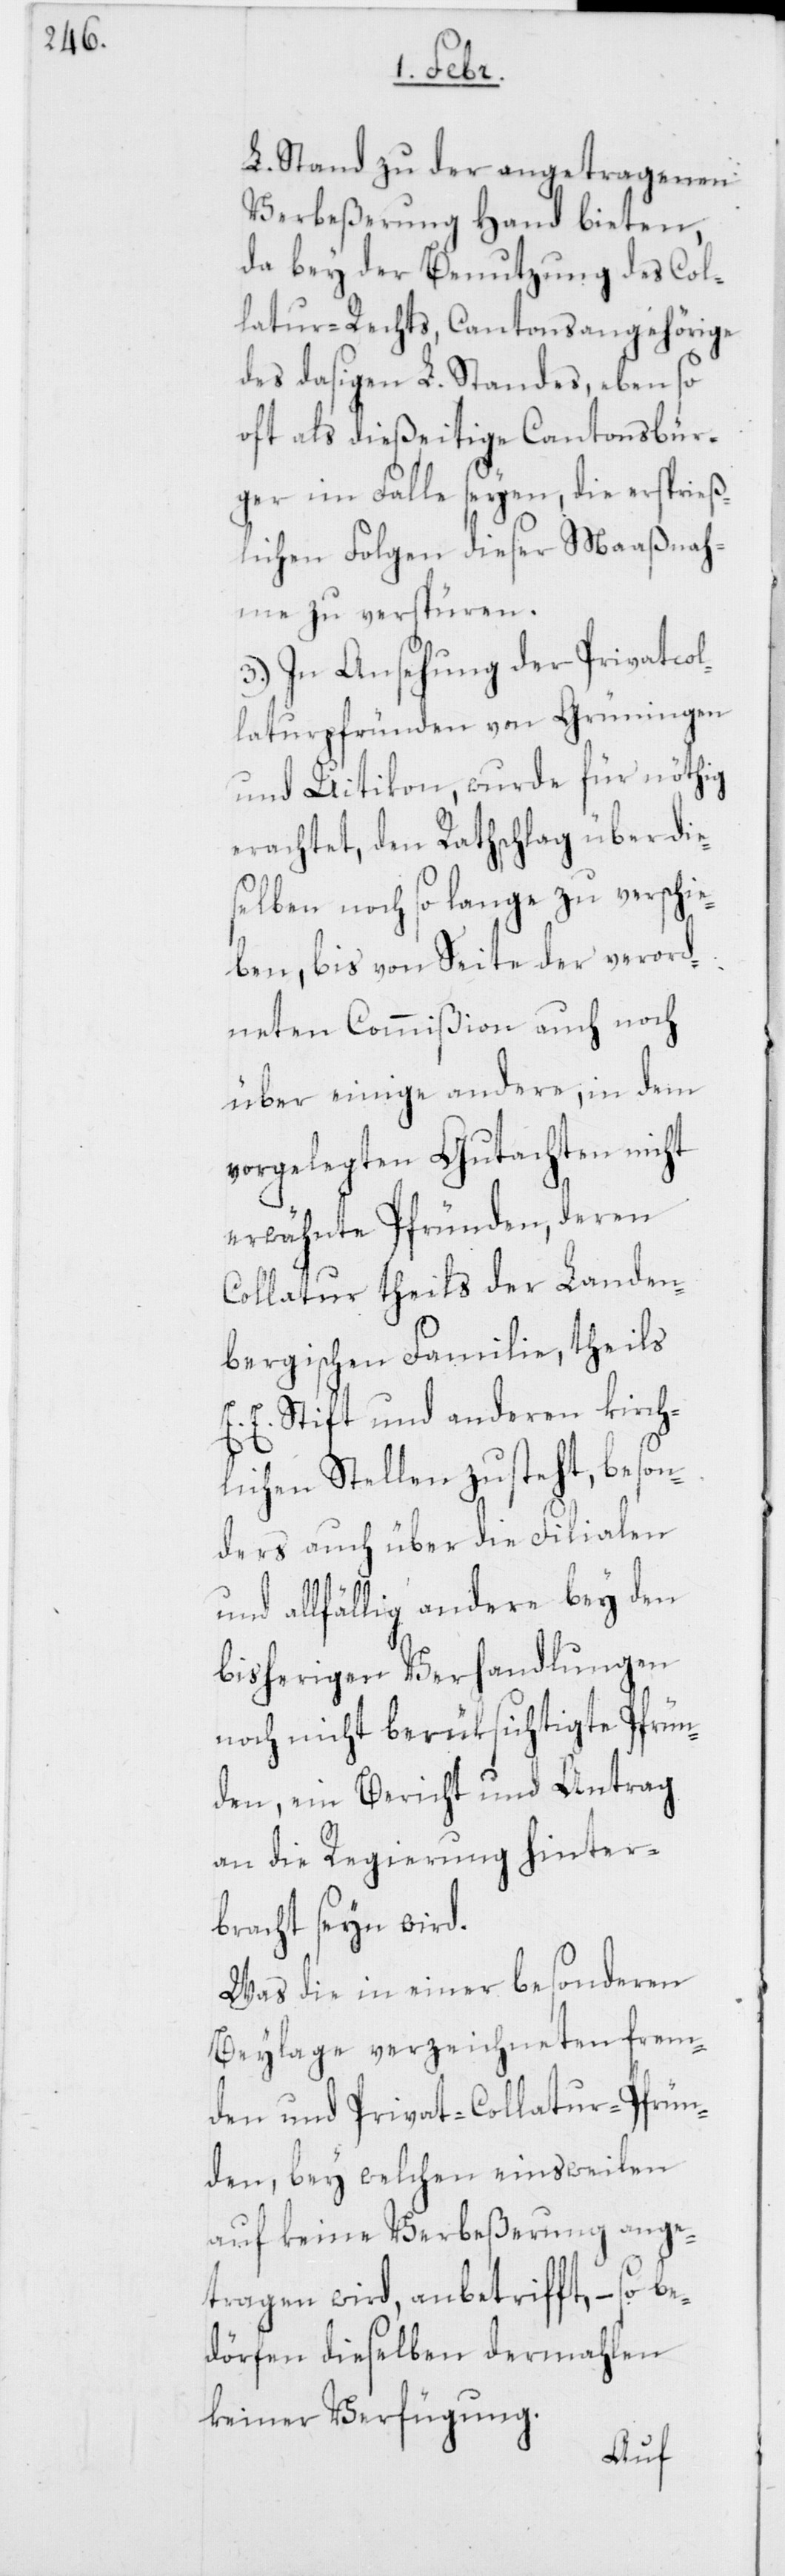
L. Stand zu der angetragenen
Verbeßerung Hand bieten,
da bey der Benutzung des Col¬
latur-Rechts, Cantonsangehörige
des dasigen L. Standes, ebenso
oft als dießeitige Cantonsbür¬
ger im Falle seyen, die ersprieß¬
lichen Folgen dieser Maaßnah¬
me zu verspüren.
3.) In Ansehung der Privatcol¬
laturpfründen von Grüningen
und Uitikon, wurde für nöthig
erachtet, den Rathschlag über die¬
selben noch so lange zu verschie¬
ben, bis von Seite der verord¬
neten Commißion auch noch
über einige andere, in dem
vorgelegten Gutachten nicht
erwähnte Pfründen, deren
Collatur theils der Landen¬
bergischen Familie, theils
E. E. Stift und anderen kirch¬
lichen Stellen zusteht, beson¬
ders auch über die Filialen
und allfällig andere bey den
bisherigen Verhandlungen
noch nicht berüksichtigte Pfrün¬
den, ein Bericht und Antrag
an die Regierung hinter¬
bracht seyn wird.
Was die in einer besonderen
Beylage verzeichneten frem¬
den und Privat-Collatur-Pfrün¬
den, bey welchen einsweilen
auf keine Verbeßerung ange¬
tragen wird, anbetrifft, – so
dörfen dieselben dermahlen
keiner Verfügung.
be¬